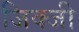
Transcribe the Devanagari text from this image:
जिक्जी